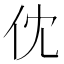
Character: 𠆶